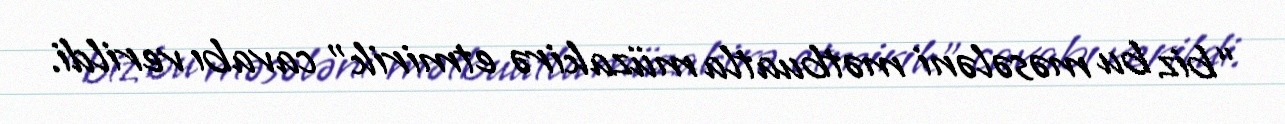
“biz bu məsələni mətbuatla müzakirə etmirik” cavabı verildi.